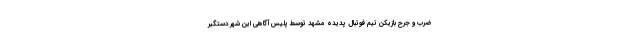
ضرب و جرح بازیکن تیم فوتبال پدیده مشهد توسط پلیس آگاهی این شهر دستگیر